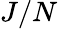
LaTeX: {\mathbf{}}J/N